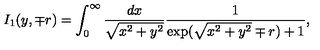
I _ { 1 } ( y , \mp r ) = \int _ { 0 } ^ { \infty } \frac { d x } { \sqrt { x ^ { 2 } + y ^ { 2 } } } \frac { 1 } { \exp ( \sqrt { x ^ { 2 } + y ^ { 2 } } \mp r ) + 1 } ,